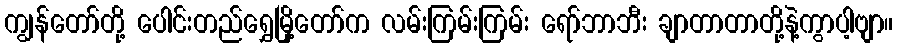
ကျွန်တော်တို့ ပေါင်းတည်ရွှေမြို့တော်က လမ်းကြမ်းကြမ်း ရော်ဘာဘီး ချာတာတာတို့နဲ့ကွာပါ့ဗျာ။